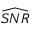
\widehat { S N R }